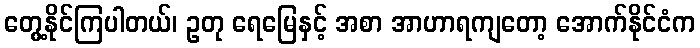
တွေ့နိုင်ကြပါတယ်၊ ဥတု ရေမြေနှင့် အစာ အာဟာရကျတော့ အောက်နိုင်ငံက